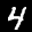
Label: 4